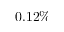
0 . 1 2 \%